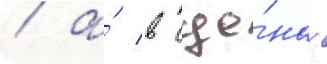
/ а́ в сце́нах